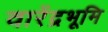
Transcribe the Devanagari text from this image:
वारेंद्रभूमि